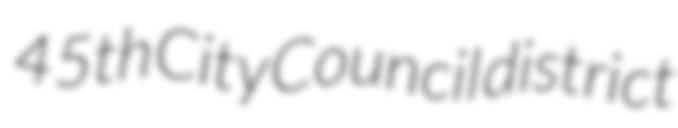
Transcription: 45th City Council district